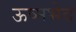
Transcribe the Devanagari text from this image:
ऊष्मभेद